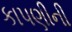
કાપણીની